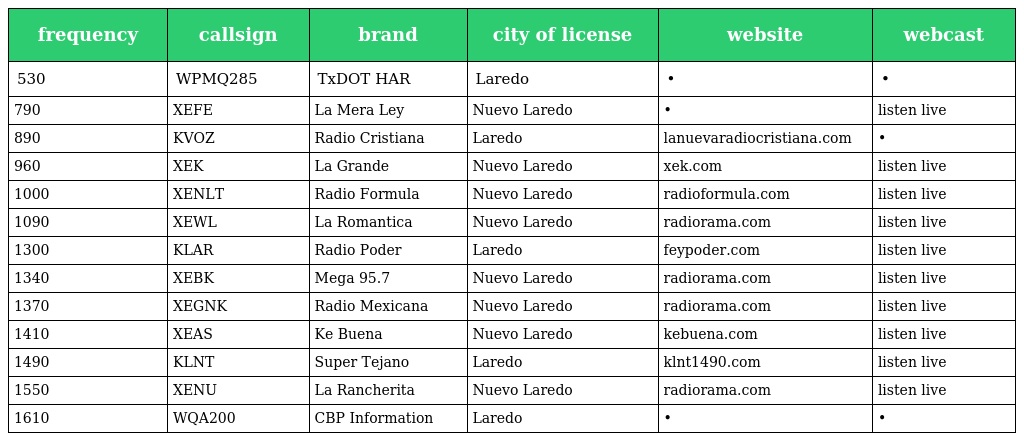
| frequency | callsign | brand | city of license | website | webcast |
 | --- | --- | --- | --- | --- | --- |
 | 530 | WPMQ285 | TxDOT HAR | Laredo | • | • |
 | 790 | XEFE | La Mera Ley | Nuevo Laredo | • | listen live |
 | 890 | KVOZ | Radio Cristiana | Laredo | lanuevaradiocristiana.com | • |
 | 960 | XEK | La Grande | Nuevo Laredo | xek.com | listen live |
 | 1000 | XENLT | Radio Formula | Nuevo Laredo | radioformula.com | listen live |
 | 1090 | XEWL | La Romantica | Nuevo Laredo | radiorama.com | listen live |
 | 1300 | KLAR | Radio Poder | Laredo | feypoder.com | listen live |
 | 1340 | XEBK | Mega 95.7 | Nuevo Laredo | radiorama.com | listen live |
 | 1370 | XEGNK | Radio Mexicana | Nuevo Laredo | radiorama.com | listen live |
 | 1410 | XEAS | Ke Buena | Nuevo Laredo | kebuena.com | listen live |
 | 1490 | KLNT | Super Tejano | Laredo | klnt1490.com | listen live |
 | 1550 | XENU | La Rancherita | Nuevo Laredo | radiorama.com | listen live |
 | 1610 | WQA200 | CBP Information | Laredo | • | • |